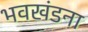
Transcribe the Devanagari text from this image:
भवखंडना